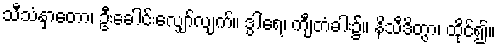
သီသံနှာတော၊ ဦးခေါင်းလျှော်လျက်။ ဒွါရေ၊ ကျီတံခါး၌။ နိသီဒိတွာ၊ ထိုင်၍။